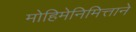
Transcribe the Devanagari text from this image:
मोहिमेनिमित्ताने